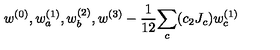
w ^ { ( 0 ) } , w _ { a } ^ { ( 1 ) } , w _ { b } ^ { ( 2 ) } , w ^ { ( 3 ) } - { \frac { 1 } { 1 2 } } { \sum _ { c } ( c _ { 2 } J _ { c } ) w _ { c } ^ { ( 1 ) } }